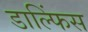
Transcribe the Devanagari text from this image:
डाल्फिंस